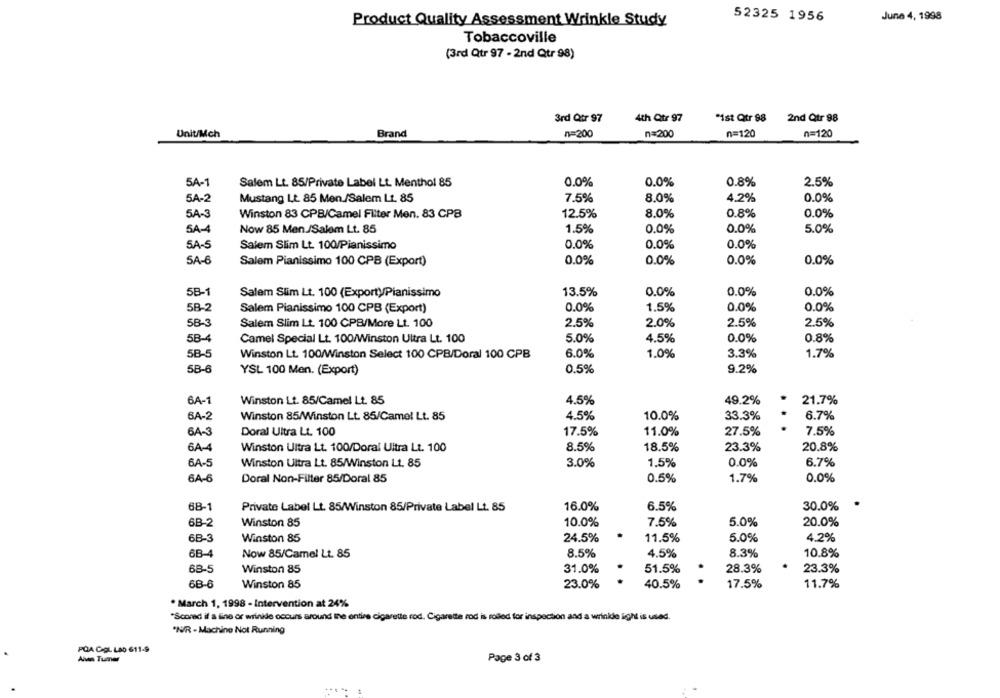
Product Quality Assessment Wrinkle Study
52325 1956
June 4, 1998
Tobaccoville
(3rd Qtr 97 - 2nd Qtr 98)
3rd Qtr 97
4th Qtr 97
*1st Qtr 98
2nd Qtr 98
n=120
n=120
Unit/Mch
Brand
n=200
n=200
5A-1
0.0%
2.5%
Salem Lt. 85/Private Label Lt. Menthol 85
0.0%
0.8%
5A-2
Mustang Lt. 85 Men./Salem Lt. 85
7.5%
8.0%
4.2%
0.0%
5A-3
Winston 83 CPB/Camel Filter Men. 83 CPB
12.5%
8.0%
0.8%
0.0%
SA-4
Now 85 Men./Salem Lt. 85
1.5%
0.0%
0.0%
5.0%
SA-5
0.0%
0.0%
0.0%
Salem Slim Lt. 100/Pianissimo
SA-6
Salem Pianissimo 100 CPB (Export)
0.0%
0.0%
0.0%
0.0%
58-1
Salem Slim Lt. 100 (Exporty/Pianissimo
13.5%
0.0%
0.0%
0.0%
58-2
0.0%
Salem Pianissimo 100 CPB (Export)
0.0%
1.5%
0.0%
5B-3
Salem Slim Lt. 100 CPB/More Lt. 100
2.5%
2.0%
2.5%
2.5%
58-4
Camel Special Lt. 100/Winston Ultra Lt. 100
5.0%
4.5%
0.0%
0.8%
5B-5
Winston Lt. 100/Winston Select 100 CPB/Doral 100 CPB
6.0%
1.0%
3.3%
1.7%
58-6
0.5%
9.2%
YSL 100 Men. (Export)
6A-1
Winston Lt. 85/Camel Lt. 85
4.5%
49.2%
21.7%
6A-2
Winston 85/Winston Lt. 85/Camel Lt. 85
4.5%
10.0%
33.3%
6.7%
6A-3
Doral Ultra Lt. 100
17.5%
11.0%
27.5%
7.5%
6A-4
8.5%
23.3%
Winston Ultra Lt. 100/Doral Ultra Lt. 100
18.5%
20.8%
6A-5
Winston Ultra Lt. 85/Winston Lt. 85
3.0%
1.5%
0.0%
6.7%
6A-6
Doral Non-Filter 85/Doral 85
0.5%
1.7%
0.0%
68-1
Private Label Lt. 85/Winston 85/Private Label Lt. 85
16.0%
6.5%
30.0%
6B-2
Winston 85
10.0%
7.5%
5.0%
20.0%
6B-3
Winston 85
24.5%
11.5%
5.0%
4.2%
6B-4
Now 85/Camel Lt. 85
8.5%
4.5%
8.3%
10.8%
68-5
Winston 85
31.0%
51.5%
28.3%
23.3%
68-6
Winston 85
23.0%
40.5%
..
17.5%
11.7%
· March 1, 1998 - Intervention at 24%
*Scond if a line or wrinkle occurs around the entire cigarette rod. Cigarette rod is rolled for inspection and a wrinkle light is used.
"N/R -Machine Not Running
PQA CIOL LAD 611-9
Alven Tumner
Page 3 of 3